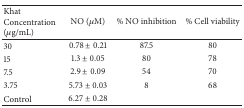
| Khat Concentration (μg/mL) | NO (μM) | % NO inhibition | % Cell viability |
 | --- | --- | --- | --- |
 | 30 | 0.78 ± 0.21 | 87.5 | 80 |
 | 15 | 1.3 ± 0.05 | 80 | 78 |
 | 7.5 | 2.9 ± 0.09 | 54 | 70 |
 | 3.75 | 5.73 ± 0.03 | 8 | 68 |
 | Control | 6.27 ± 0.28 |  |  |